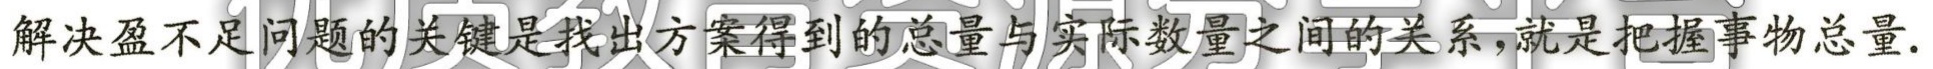
解决盈不足问题的关键是找出方案得到的总量与实际数量之间的关系,就是把握事物总量.